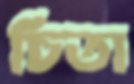
চিতা